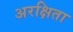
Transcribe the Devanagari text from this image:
अरक्षिता